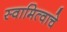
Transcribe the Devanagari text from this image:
स्वामित्वाचे